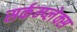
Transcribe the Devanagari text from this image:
सर्कम्प्लेक्स